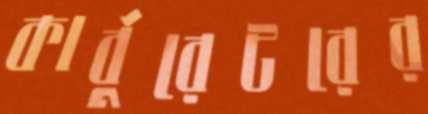
কার্বুরেটরের